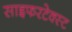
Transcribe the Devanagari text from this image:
साइफरटेक्स्ट